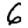
Digit: 6